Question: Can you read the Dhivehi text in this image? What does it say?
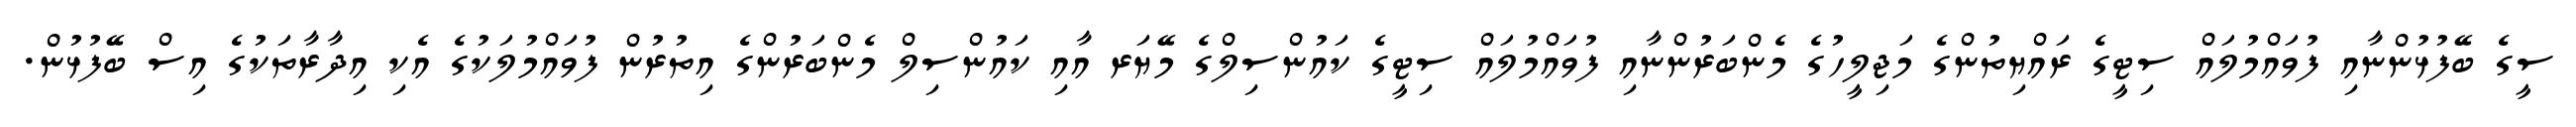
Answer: ސީގެ ބޭފުޅުންނާއި ފުވައްމުލައް ސިޓީގެ ރައްޔިތުންގެ މަޖިލީހުގެ މެންބަރުންނާއި ފުވައްމުލައް ސިޓީގެ ކައުންސިލްގެ މޭޔަރ އާއި ކައުންސިލް މެންބަރުންގެ އިތުރުން ފުވައްމުލަކުގެ އެކި އިދާރާތަކުގެ އިސް ބޭފުޅުން.